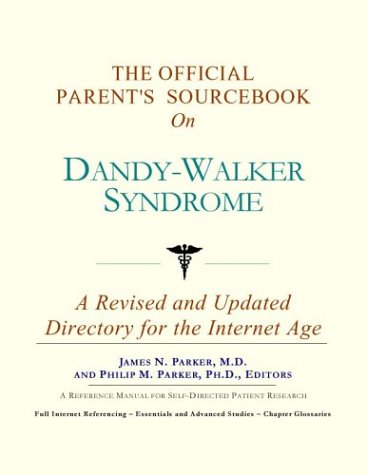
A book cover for The Official Parent's Sourcebook on Dandy-Walker Syndrome: A Revised and Updated Directory for the Internet Age; Health, Fitness & Dieting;